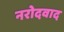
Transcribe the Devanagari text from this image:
नरोदवाद